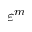
\varepsilon ^ { m }